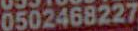
0502468227